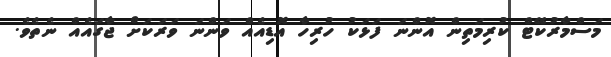
މަސްމާރުކޭޓް ކުރިމަތިން އޮންނަ ފަޅަކު ހުރިހާ އޮޑިއެއް ވަންނަ ވަރަކަށް ޖާގައެއް ނެތެވެ.